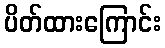
ပိတ်ထားကြောင်း